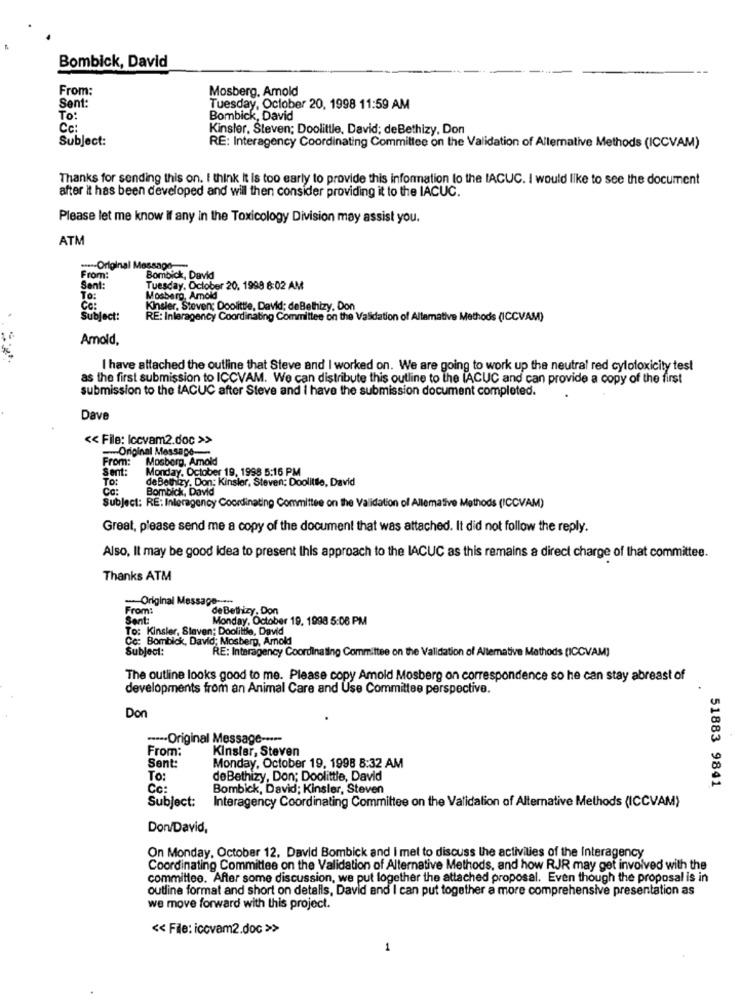
Bombick, David
From:
Mosberg, Amold
Sent:
Tuesday, October 20, 1998 11:59 AM
To:
Bombick, David
Cc:
Kinsler, Steven; Doolittle, David; deBethizy, Don
Subject:
RE: Interagency Coordinating Committee on the Validation of Alternative Methods (ICCVAM)
Thanks for sending this on. I think it is too early to provide this information to the IACUC. I would like to see the document
after it has been developed and wil then consider providing it to the IACUC.
Please let me know If any in the Toxicology Division may assist you.
ATM
---- Original Message
From:
Bombick, David
Sent:
Tuesday, October 20. 1998 6:02 AM
TO:
Mosberg, Amold
Kinsler, Steven; Doolittle, David; deBethizy, Don
Subject:
RE: Inlaragency Coordinating Committee on the Validation of Allamative Methods (ICCVAM)
Amold.
I have attached the outline that Steve and I worked on. We are going to work up the neutral red cytotoxicity test
as the first submission to ICCVAM. We can distribute this outline to the IACUC and can provide a copy of the first
submission to the IACUC after Steve and I have the submission document completed.
Dave
<< File: Iccvam2.doc >>
-- Original Message-
From: Mosberg, Amold
Sent:
Monday, October 19, 1998 5:16 PM
To:
de Bethizy, Don: Kinsler, Steven: Doolittle, David
Ca:
Bombick, David
Subject: RE: Interagency Coordinating Committee on the Validation of Allemative Methods (ICCVAM)
Great, please send me a copy of the document that was attached. It did not follow the reply.
Also, It may be good Idea to present this approach to the IACUC as this remains a direct charge of that committee.
Thanks ATM
-- Original M
From:
de Bethizy, Don
Sent:
Monday, October 19. 1998 5:06 PM
To: Kinsler, Staven; Doolilife, David
Co: Bomblok, David; Mosberg, Arnold
Subject:
RE: Interagency Coordinating Committee on the Validation of Alternative Methods (ICCVAM)
The outline looks good to me. Please copy Amold Mosberg on correspondence so he can stay abreast of
developments from an Animal Care and Use Committee perspective.
Don
····· Original Message -----
From:
Kinsler, Steven
Sent:
Monday, October 19, 1998 8:32 AM
To:
deBethizy, Don; Doolittle, David
51883 9841
Cc:
Bombick, David; Kinsler, Steven
Subject:
Interagency Coordinating Committee on the Validation of Alternative Methods (ICCVAM)
Don/David,
On Monday, October 12. David Bombick and I met to discuss the activities of the Interagency
Coordinating Committee on the Validation of Alternative Methods, and how RJR may get involved with the
committee. After some discussion, we put together the attached proposal. Even though the proposal is in
outline format and short on detalls, David and I can put together a more comprehensive presentation as
we move forward with this project.
<< File: icovam2.doc >>
1